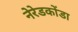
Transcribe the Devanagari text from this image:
नेरेडकोंडा